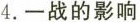
4.一战的影响